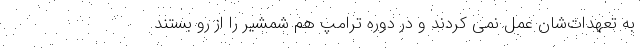
به تعهدات‌شان عمل نمی کردند و در دوره ترامپ هم شمشیر را از رو بستند.